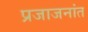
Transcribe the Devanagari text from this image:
प्रजाजनांत